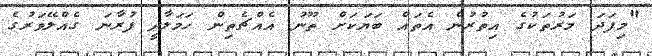
"މިފަދަ މަރުތަކުގެ އިތުރުން އެތައް ބަޔަކަށް ތޫނު އެއްޗެތިން ހަމަލާދީ ފުރާނަ ގެއްލޭވަރުގެ